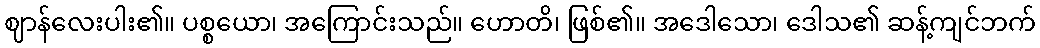
ဈာန်လေးပါး၏။ ပစ္စယော၊ အကြောင်းသည်။ ဟောတိ၊ ဖြစ်၏။ အဒေါသော၊ ဒေါသ၏ ဆန့်ကျင်ဘက်